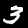
Label: 3